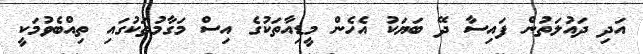
އަދި ދައުލަތުން ފައިސާ ދޭ ބަޔަކު އެހެން މީޑިއާތަކުގެ އިސް މަގާމުތަކުގައި ތިއްބެވުމަކީ